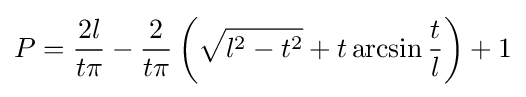
P={\frac {2l}{t\pi }}-{\frac {2}{t\pi }}\left({\sqrt {l^{2}-t^{2}}}+t\arcsin {\frac {t}{l}}\right)+1